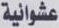
عشوائية